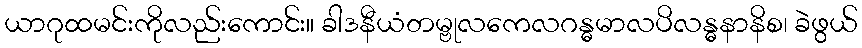
ယာဂုထမင်းကိုလည်းကောင်း။ ခါဒနီယံတမ္ဗုလကေလဂန္ဓမာလပိလန္ဓနာနိစ၊ ခဲဖွယ်